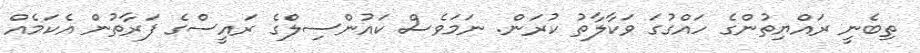
ތިބެނީ ރައްޔިތުންގެ ހައްގުގަ ވަކާލާތު ކުރަން. ނަމަވެސް ކައުންސިލްގެ ރައީސްގެ ފަރާތުން އެކަމެއް